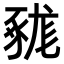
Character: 𧱦